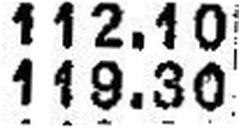
119.30